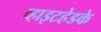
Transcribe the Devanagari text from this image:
व्हाइटहेडके